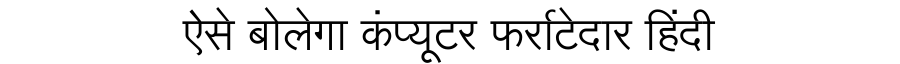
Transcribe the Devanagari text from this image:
ऐसे बोलेगा कंप्यूटर फर्राटेदार हिंदी